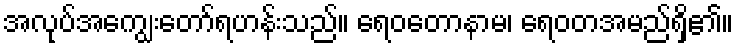
အလုပ်အကျွေးတော်ရဟန်းသည်။ ရေဝတောနာမ၊ ရေဝတအမည်ရှိ၏။